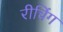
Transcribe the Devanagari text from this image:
रीचिंग